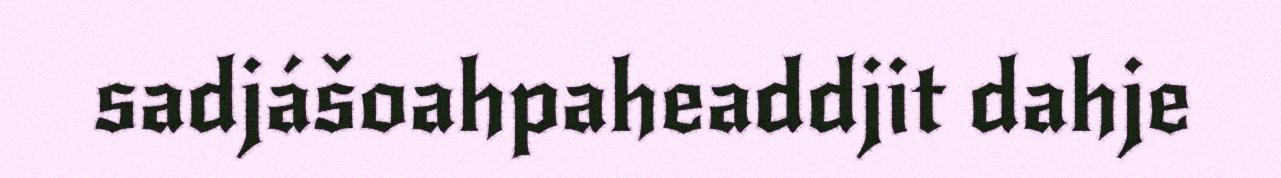
sadjášoahpaheaddjit dahje